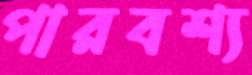
পারবশ্য